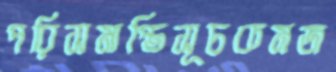
পরিসমাপ্তিসূচকমজ